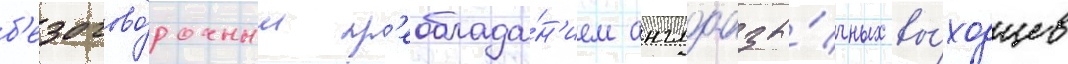
б'езогово́рочным пр'еоблада́н'ием англоазы́чных вы́ходцев